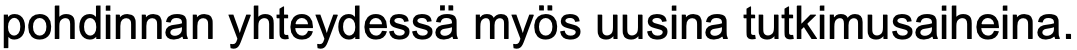
pohdinnan yhteydessä myös uusina tutkimusaiheina.